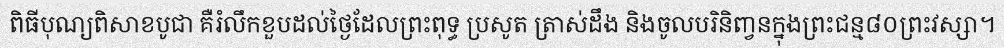
ពិធីបុណ្យពិសាខបូជា គឺរំលឹកខួបដល់ថ្ងៃដែលព្រះពុទ្ធ ប្រសូត ត្រាស់ដឹង និងចូលបរិនិញ្វនក្នុងព្រះជន្ម៨០ព្រះវស្សា។